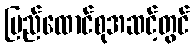
ပြည်ထောင်စုအဆင့်တွင်